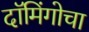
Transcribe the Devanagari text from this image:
दॉमिंगोचा